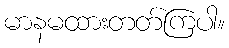
မာနမထားတတ်ကြပါ။